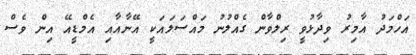
އަހްމަދު އާމިރު ވިދާޅުވީ ރިލްވާން ގެއްލުނު މައްސަލައަކީ އޭނާއާއި އެމްޑީއޭ އިން ވެސް